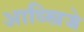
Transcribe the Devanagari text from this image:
आव्स्त्रिजे